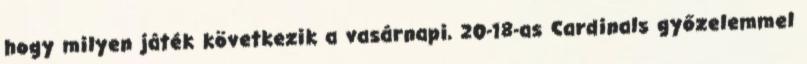
hogy milyen játék következik a vasárnapi, 20-18-as Cardinals győzelemmel